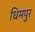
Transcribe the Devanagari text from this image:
धिमपुर